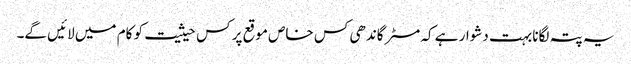
یہ پتہ لگانا بہت دشوار ہے کہ مسٹر گاندھی کس خاص موقع پر کس حیثیت کو کام میں لائیں گے۔